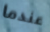
عندما